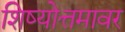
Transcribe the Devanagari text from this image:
शिष्योत्तमावर